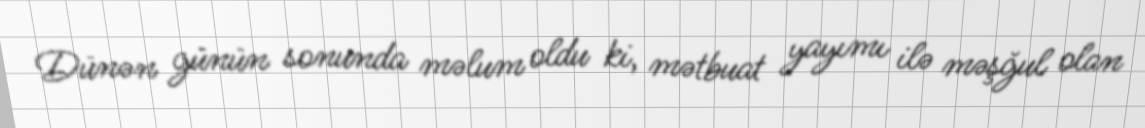
Dünən günün sonunda məlum oldu ki, mətbuat yayımı ilə məşğul olan